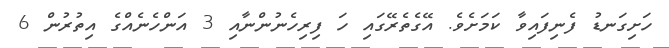
ހަށިގަނޑު ފެނިފައިވާ ކަމަށެވެ. އޭގެތެރޭގައި ހަ ފިރިހެނުންނާއި 3 އަންހެނެއްގެ އިތުރުން 6